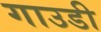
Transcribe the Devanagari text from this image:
गाउडी